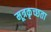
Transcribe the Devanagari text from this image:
मूत्रकृच्छता